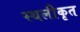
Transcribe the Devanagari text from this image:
स्थलीकृत